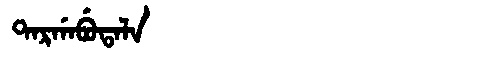
Manchu: ᡨᠠᡵᡤᠠᠪᡠᡨᠠᠯᠠ
Romanization: TARGABUTALA